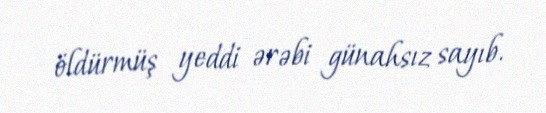
öldürmüş yeddi ərəbi günahsız sayıb.